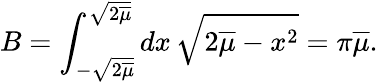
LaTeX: B=\int_{-\sqrt{2\overline{{\mu}}}}^{\sqrt{2\overline{{\mu}}}}dx\, \sqrt{2\overline{{\mu}}-x^{2}}=\pi\overline{{\mu}}.